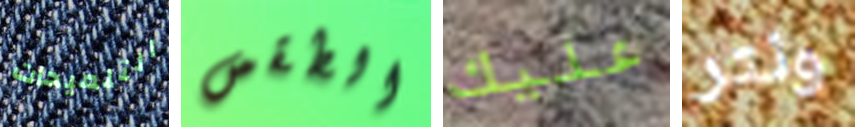
التلميحات الطقس عليك ونتر